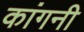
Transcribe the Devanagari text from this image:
कांगनी